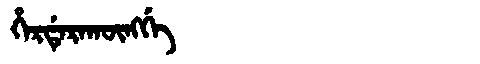
Manchu: ᡥᡝᡵᡩᡝᡵᠠᡴᡡᠩᡤᡝ
Romanization: HERDERAKŪNGGE